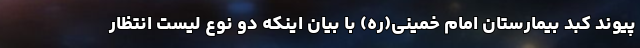
پیوند کبد بیمارستان امام خمینی(ره) با بیان اینکه دو نوع لیست انتظار